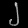
Digit: ၂